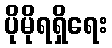
ပိုမိုရရှိရေး